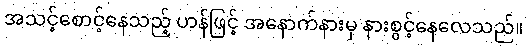
အသင့်စောင့်နေသည့် ဟန်ဖြင့် အနောက်နားမှ နားစွင့်နေလေသည်။